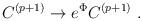
LaTeX: \begin{align*}C^{(p+1)} \rightarrow e^{\Phi} C^{(p+1)} \ .\end{align*}